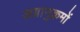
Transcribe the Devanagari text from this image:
अग्रानुक्रमों